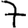
Digit: 7